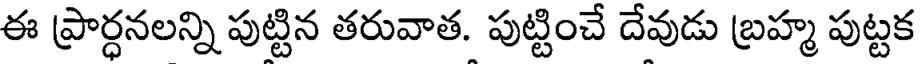
ఈ ప్రార్ధనలన్ని పుట్టిన తరువాత. పుట్టించే దేవుడు బ్రహ్మ పుట్టక